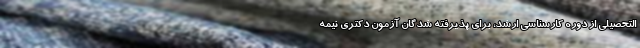
التحصیلی از دوره کارشناسی ارشد، برای پذیرفته شدگان آزمون دکتری نیمه